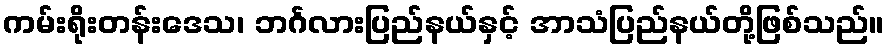
ကမ်းရိုးတန်းဒေသ၊ ဘင်္ဂလားပြည်နယ်နှင့် အာသံပြည်နယ်တို့ဖြစ်သည်။